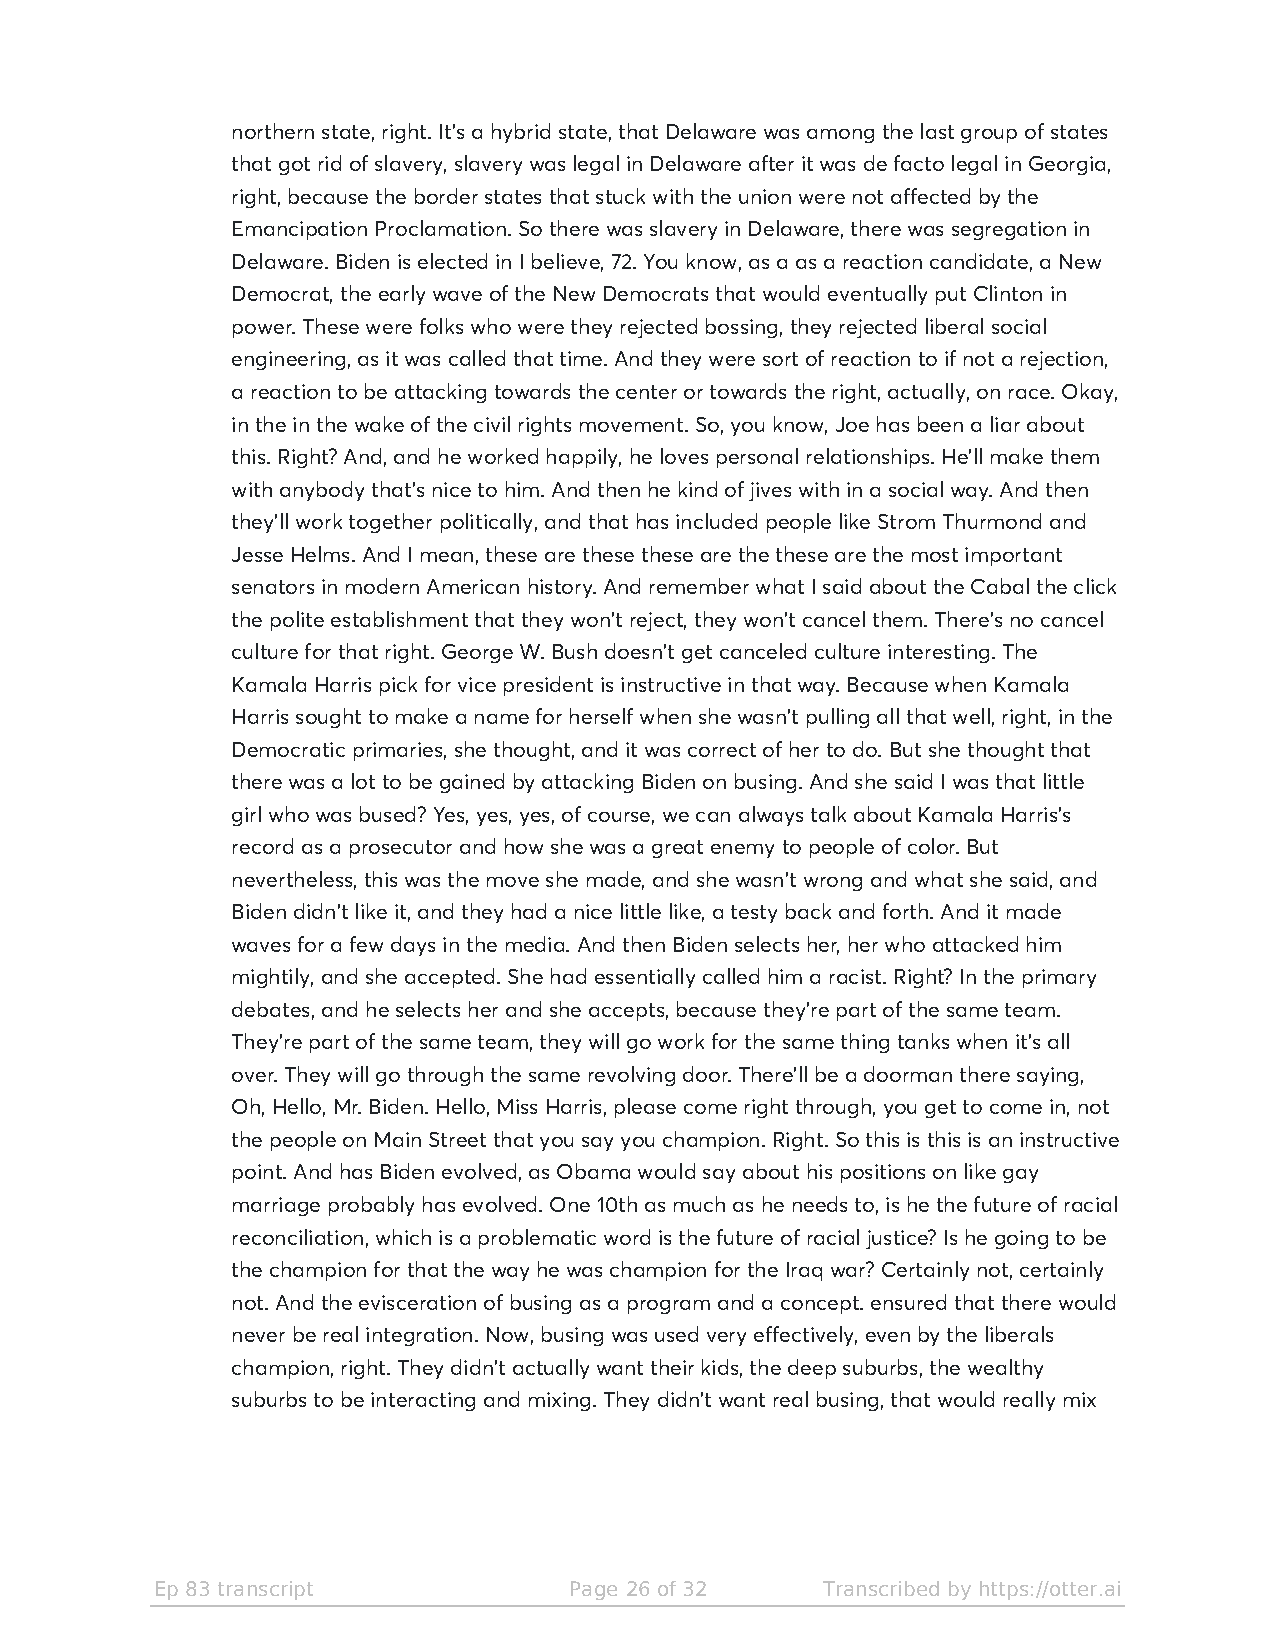
northern state, right. It's a hybrid state, that Delaware was among the last group of states
 that got rid of slavery, slavery was legal in Delaware after it was de facto legal in Georgia,
 right, because the border states that stuck with the union were not affected by the
 Emancipation Proclamation. So there was slavery in Delaware, there was segregation in
 Delaware. Biden is elected in I believe, 72. You know, as a as a reaction candidate, a New
 Democrat, the early wave of the New Democrats that would eventually put Clinton in
 power. These were folks who were they rejected bossing, they rejected liberal social
 engineering, as it was called that time. And they were sort of reaction to if not a rejection,
 a reaction to be attacking towards the center or towards the right, actually, on race. Okay,
 in the in the wake of the civil rights movement. So, you know, Joe has been a liar about
 this. Right? And, and he worked happily, he loves personal relationships. He'll make them
 with anybody that's nice to him. And then he kind of jives with in a social way. And then
 they'll work together politically, and that has included people like Strom Thurmond and
 Jesse Helms. And I mean, these are these these are the these are the most important
 senators in modern American history. And remember what I said about the Cabal the click
 the polite establishment that they won't reject, they won't cancel them. There's no cancel
 culture for that right. George W. Bush doesn't get canceled culture interesting. The
 Kamala Harris pick for vice president is instructive in that way. Because when Kamala
 Harris sought to make a name for herself when she wasn't pulling all that well, right, in the
 Democratic primaries, she thought, and it was correct of her to do. But she thought that
 there was a lot to be gained by attacking Biden on busing. And she said I was that little
 girl who was bused? Yes, yes, yes, of course, we can always talk about Kamala Harris's
 record as a prosecutor and how she was a great enemy to people of color. But
 nevertheless, this was the move she made, and she wasn't wrong and what she said, and
 Biden didn't like it, and they had a nice little like, a testy back and forth. And it made
 waves for a few days in the media. And then Biden selects her, her who attacked him
 mightily, and she accepted. She had essentially called him a racist. Right? In the primary
 debates, and he selects her and she accepts, because they're part of the same team.
 They're part of the same team, they will go work for the same thing tanks when it's all
 over. They will go through the same revolving door. There'll be a doorman there saying,
 Oh, Hello, Mr. Biden. Hello, Miss Harris, please come right through, you get to come in, not
 the people on Main Street that you say you champion. Right. So this is this is an instructive
 point. And has Biden evolved, as Obama would say about his positions on like gay
 marriage probably has evolved. One 10th as much as he needs to, is he the future of racial
 reconciliation, which is a problematic word is the future of racial justice? Is he going to be
 the champion for that the way he was champion for the Iraq war? Certainly not, certainly
 not. And the evisceration of busing as a program and a concept. ensured that there would
 never be real integration. Now, busing was used very effectively, even by the liberals
 champion, right. They didn't actually want their kids, the deep suburbs, the wealthy
 suburbs to be interacting and mixing. They didn't want real busing, that would really mix
 Ep 83 transcript            Page 26 of 32   Transcribed by https://otter.ai